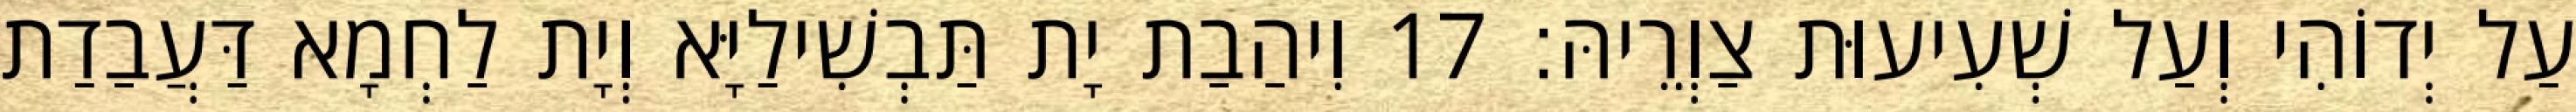
עַל יְדוֹהִי וְעַל שְׁעִיעוּת צַוְרֵיהּ׃ 17 וִיהַבַת יָת תַּבְשִׁילַיָּא וְיָת לַחְמָא דַּעֲבַדַת